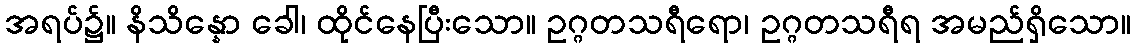
အရပ်၌။ နိသိန္နော ခေါ၊ ထိုင်နေပြီးသော။ ဥဂ္ဂတသရီရော၊ ဥဂ္ဂတသရီရ အမည်ရှိသော။